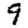
Digit: 9